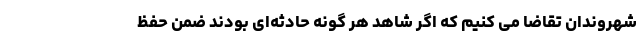
شهروندان تقاضا می کنیم که اگر شاهد هر گونه حادثه‌ای بودند ضمن حفظ